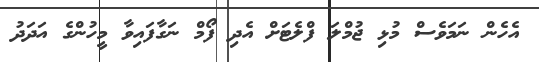
އެހެން ނަމަވެސް މުޅި ޖުމްލަ ފްލެޓަށް އެދި ފޯމް ނަގާފައިވާ މީހުންގެ އަދަދު